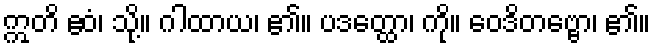
ဣတိ ဧဝံ၊ သို့။ ဂါထာယ၊ ၏။ ပဒတ္ထော၊ ကို။ ဝေဒိတဗ္ဗော၊ ၏။